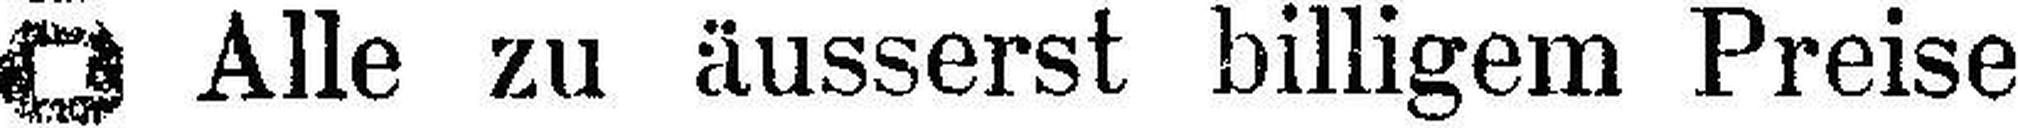
Alle zu äusserst billigem Preise